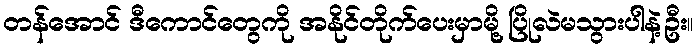
တန်အောင် ဒီကောင်တွေကို အနိုင်တိုက်ပေးမှာမို့ ပြိုလဲမသွားပါနဲ့ဦး။